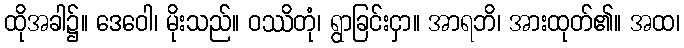
ထိုအခါ၌။ ဒေဝေါ၊ မိုးသည်။ ဝဿိတုံ၊ ရွာခြင်းငှာ။ အာရဘိ၊ အားထုတ်၏။ အထ၊